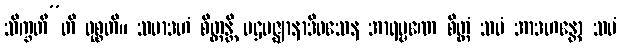
သိက္ခတီ”တိ ဝုစ္စတိ။ သမာဒဟံ စိတ္တန္တိ ပဌမဇ္ဈာနာဒိဝသေန အာရမ္မဏေ စိတ္တံ သမံ အာဒဟန္တော သမံ